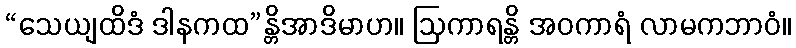
“သေယျထိဒံ ဒါနကထ”န္တိအာဒိမာဟ။ ဩကာရန္တိ အဝကာရံ လာမကဘာဝံ။